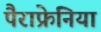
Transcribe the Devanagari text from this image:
पैराफ्रेनिया